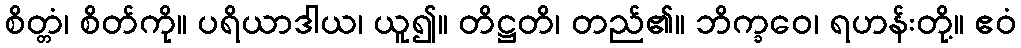
စိတ္တံ၊ စိတ်ကို။ ပရိယာဒါယ၊ ယူ၍။ တိဋ္ဌတိ၊ တည်၏။ ဘိက္ခဝေ၊ ရဟန်းတို့။ ဧဝံ